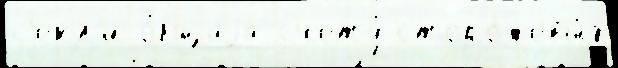
с'екл'и о́бщаjа счету́ сторожевы́х